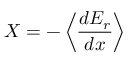
X = - \left\langle { \frac { d E _ { r } } { d x } } \right\rangle